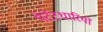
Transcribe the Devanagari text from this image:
पेटेंटधारियों